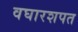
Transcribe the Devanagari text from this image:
वघारशपत